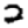
Digit: 2